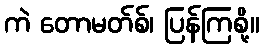
ကဲ တောမတ်စ်၊ ပြန်ကြစို့။